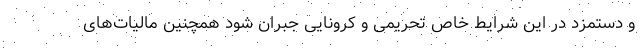
و دستمزد در این شرایط خاص تحریمی و کرونایی جبران شود همچنین مالیات‌های